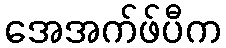
အေအက်ဖ်ပီက